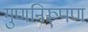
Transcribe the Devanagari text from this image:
गुणनिरूपण